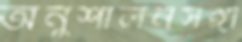
অনুশীলনসঙ্গী